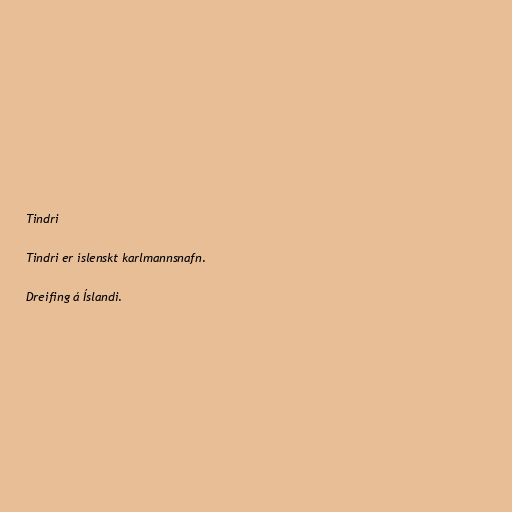
Tindri

Tindri er íslenskt karlmannsnafn.

Dreifing á Íslandi.